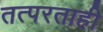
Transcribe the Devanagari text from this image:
तत्परताही